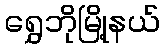
ရွှေဘိုမြို့နယ်